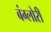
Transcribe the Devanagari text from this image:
बंग्लोरी